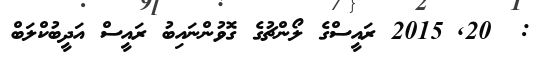
:  20